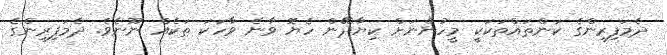
ދެމަފިރިންގެ ކަންތައްތަކަކީ މީހުންނަށް ކިޔާދޭން ހެޔޮ ވާނެ ވާހަކަ ތަކެއް ނޫނެވެ. ދެމަފިރިންގެ